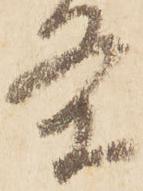
条